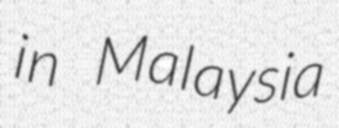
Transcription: in Malaysia